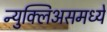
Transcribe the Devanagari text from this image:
न्युक्लिअसमध्ये